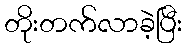
တိုးတက်လာခဲ့ပြီး